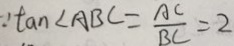
\because \tan \angle A B C = \frac { A C } { B C } = 2